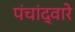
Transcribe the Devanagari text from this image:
पंचांद्वारे